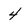
Character: 4